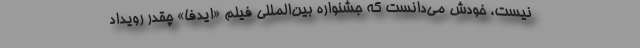
نیست، خودش می‌دانست که جشنواره بین‌المللی فیلم «ایدفا» چقدر رویداد